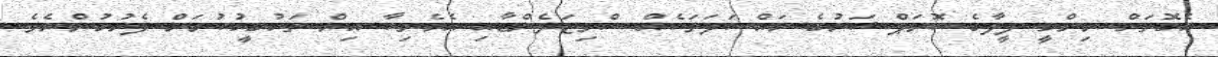
އެގޮތަށް ނިންމީ ފީފާގެ ކޮރަޕްޝަނުގެ މައްސަލަތަކެއް ސްވިޒަލެންޑާއި އެމެރިކާ އިން ތަހުގީގުކުރަން ފެށުމުންނެވެ.